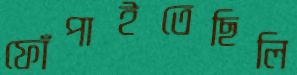
ফোঁপাইতেছিলি